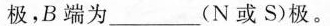
极，B端为___(N或S)极。